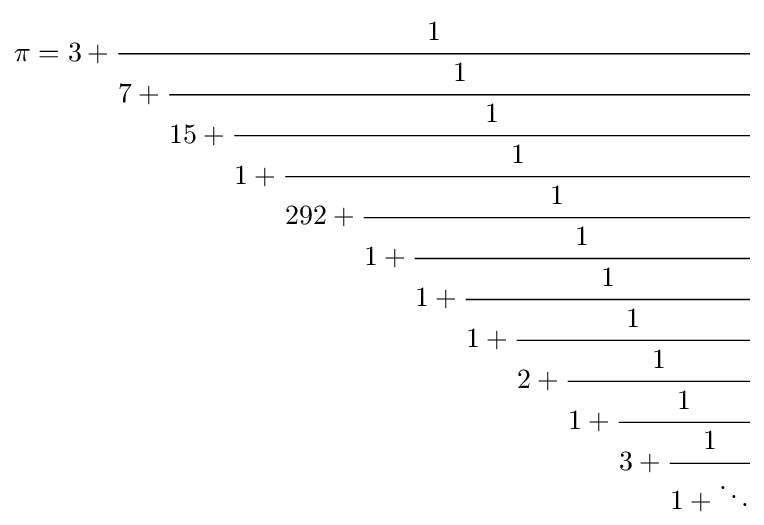
\pi =3+{\cfrac {1}{7+{\cfrac {1}{15+{\cfrac {1}{1+{\cfrac {1}{292+{\cfrac {1}{1+{\cfrac {1}{1+{\cfrac {1}{1+{\cfrac {1}{2+{\cfrac {1}{1+{\cfrac {1}{3+{\cfrac {1}{1+\ddots }}}}}}}}}}}}}}}}}}}}}}